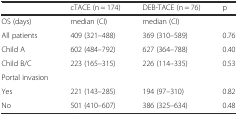
|  | cTACE (n = 174) | DEB-TACE (n = 76) | p |
 | --- | --- | --- | --- |
 | OS (days) | median (CI) | median (CI) |  |
 | All patients | 409 (321–488) | 369 (310–589) | 0.76 |
 | Child A | 602 (484–792) | 627 (364–788) | 0.40 |
 | Child B/C | 223 (165–315) | 226 (114–335) | 0.53 |
 | Portal invasion |  |  |  |
 | Yes | 221 (143–285) | 194 (97–310) | 0.82 |
 | No | 501 (410–607) | 386 (325–634) | 0.48 |